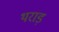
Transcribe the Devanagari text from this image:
थराड़